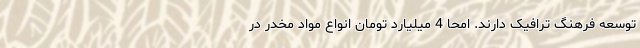
توسعه فرهنگ ترافیک دارند. امحا 4 میلیارد تومان انواع مواد مخدر در